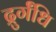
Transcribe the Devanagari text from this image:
द्रुर्गंधि